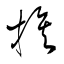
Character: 挨